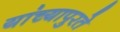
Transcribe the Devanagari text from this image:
यांच्यापुरते